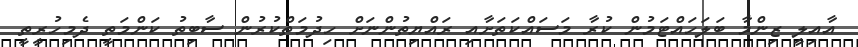
އާއިލީ ޒިންމާ ބަަލަހައްޓަމުން ކުރާ މަސައްކަތަށާއި ރައްޔިތުންނަށް ހިދުމަތްކުރުން ސާބިތު ކަންމަތީ ދެމިހުރީތީ